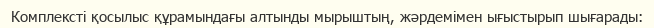
Комплексті қосылыс құрамындағы алтынды мырыштың, жәрдемімен ығыстырып шығарады: